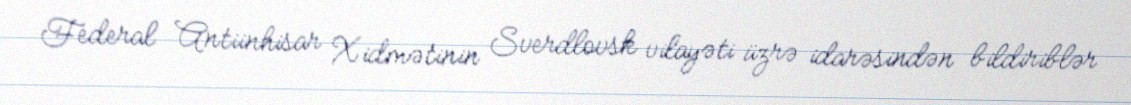
Federal Antiinhisar Xidmətinin Sverdlovsk vilayəti üzrə idarəsindən bildiriblər